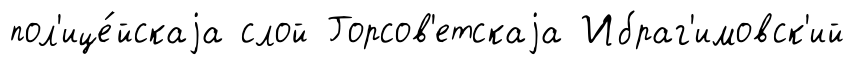
пол'ице́йскаjа слой Горсов'етскаjа Ибраг'имовск'ий